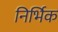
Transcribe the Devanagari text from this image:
निर्भिक